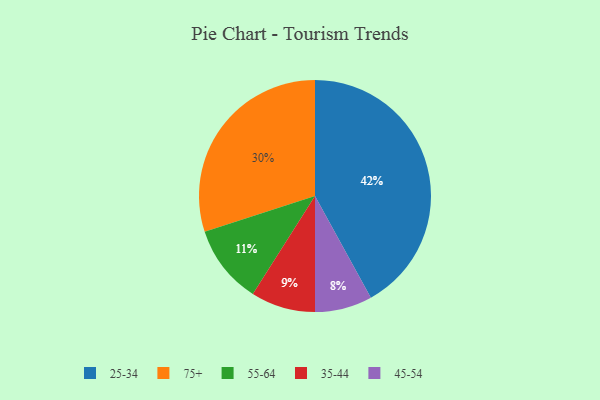
{"axis": {"x": "Category", "y": "Percentage"}, "legend": ["25-34", "35-44", "45-54", "55-64", "75+"], "data": [{"x": "45-54", "y": 8, "type": "45-54"}, {"x": "55-64", "y": 11, "type": "55-64"}, {"x": "35-44", "y": 9, "type": "35-44"}, {"x": "75+", "y": 30, "type": "75+"}, {"x": "25-34", "y": 42, "type": "25-34"}]}